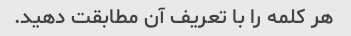
هر کلمه را با تعریف آن مطابقت دهید.